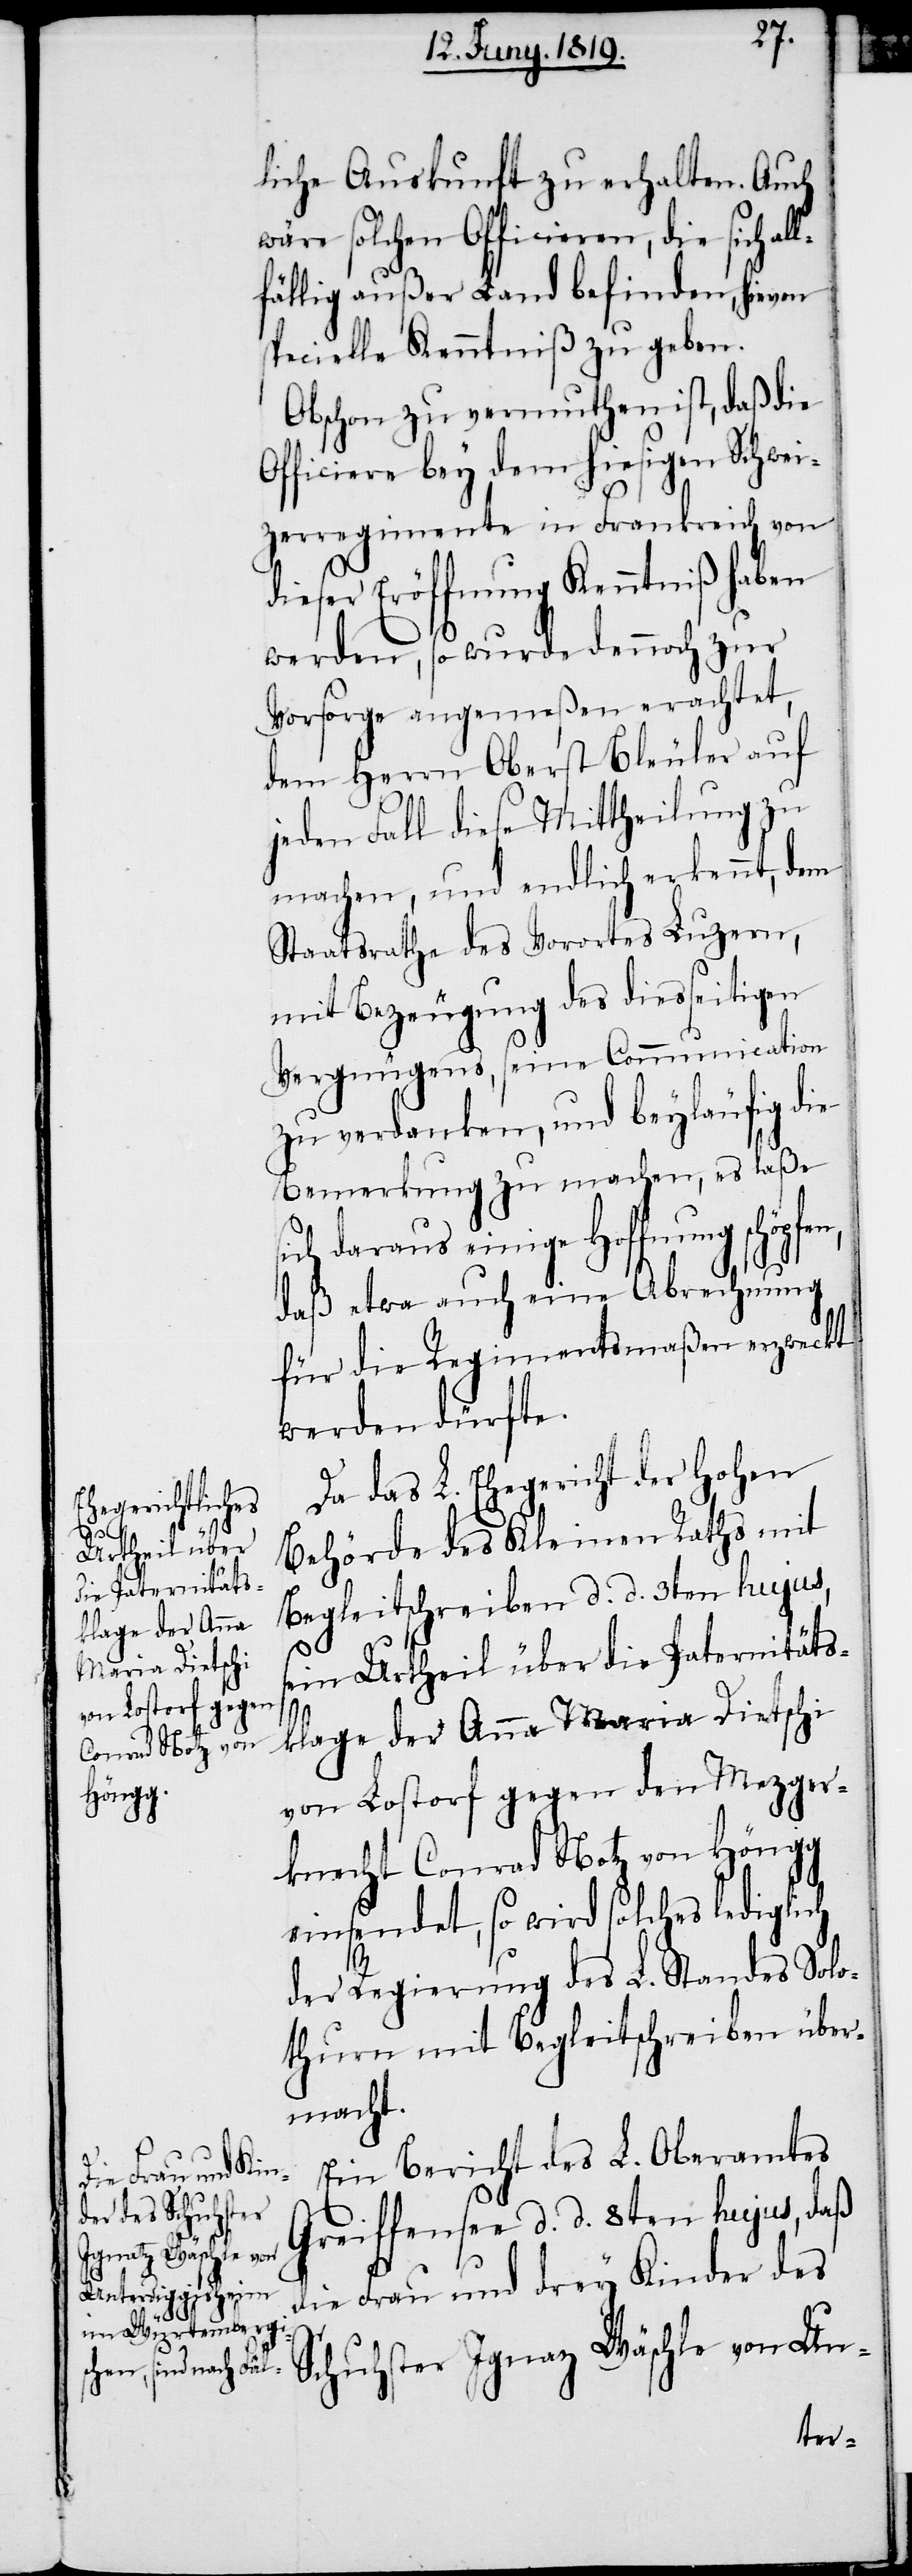
Schuh¬

liche Auskunft zu erhalten. Auch
wäre solchen Officieren, die sich al¬
lfällig außer Land befinden, hievon
specielle Kenntniß zu geben.
Obschon zu vermuthen ist, daß die
Officiere bey dem hiesigen Schwei¬
dieser Eröffnung Kenntniß haben
werden, so wurde dennoch zur
dem Herrn Oberst Bleuler auf
jeden Fall diese Mittheilung zu
Staatsrathe des Vorortes Luzern,
mit Bezeugung des diesseitigen
Vergnügens, seine Communication
zu verdanken, und beyläufig die
ich daraus einige Hoffnung schöpf¬
daß etwa auch eine Abrechnung
werden dürfte.
Da das L. Ehegericht der hohen
Behörde des Kleinen Raths mit
Begleitschreiben d. d. 3ten hujus,
sein Urtheil über die Paternitäts¬
klage der Anna Maria Dietschi
von Lostorf gegen den Mezger¬
knecht Conrad Notz von Höngg
einsendet, so wird solches lediglich
der Regierung des L. Standes Solo¬
thurn mit Begleitschreiben über¬
macht.
Ein Bericht des L. Oberamtes
Greiffensee d. d. 8ten hujus, daß
die Frau und drey Kinder des
ster